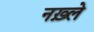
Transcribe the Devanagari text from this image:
नख़्ले